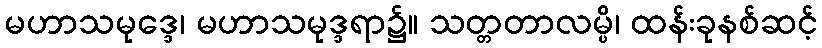
မဟာသမုဒ္ဒေ၊ မဟာသမုဒ္ဒရာ၌။ သတ္တတာလမ္ပိ၊ ထန်းခုနစ်ဆင့်